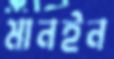
মানইন